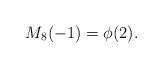
LaTeX: \begin{align*}M_8(-1) = \phi(2).\end{align*}